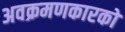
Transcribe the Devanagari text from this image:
अवक्रमणकारकों